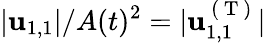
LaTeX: \vert\mathbf{u}_{1,1}\vert/A(t)^{2}=\vert\mathbf{u}_{1,1}^{\mathrm{~(~T~)~}}\vert